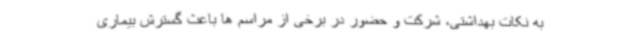
به نکات بهداشتی، شرکت و حضور در برخی از مراسم ها باعث گسترش بیماری